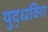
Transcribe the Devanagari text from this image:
युद्धविरा